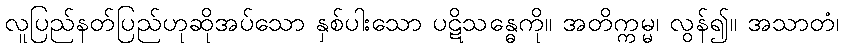
လူပြည်နတ်ပြည်ဟုဆိုအပ်သော နှစ်ပါးသော ပဋိသန္ဓေကို။ အတိက္ကမ္မ၊ လွန်၍။ အသာတံ၊